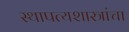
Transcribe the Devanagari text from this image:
स्थापत्यशास्त्रांचा